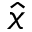
\hat { x }